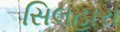
સિલહારા